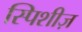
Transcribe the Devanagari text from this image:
स्पिशीज़